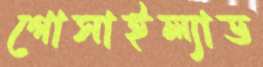
গোসাইল্যাড